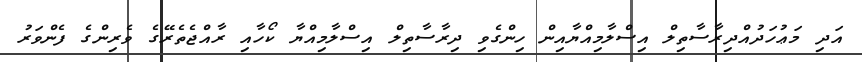
އަދި މަޢުހަދުއްދިރާސާތިލް އިސްލާމިއްޔާއިން ހިންގެވި ދިރާސާތިލް އިސްލާމިއްޔާ ކޯހާއި ރާއްޖެތެރޭގެ ވެރިންގެ ފެންވަރު